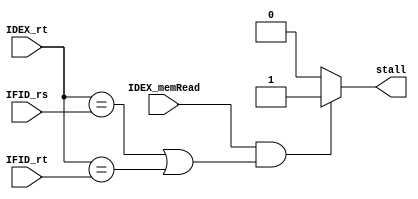
`timescale 1ns / 1ps
//////////////////////////////////////////////////////////////////////////////////
// Company: 
// Engineer: 
// 
// Design Name: 
// Module Name: Stall
// Project Name: 
// Target Devices: 
// Tool Versions: 
// Description: 
// 
// Dependencies: 
// 
// Revision:
// Revision 0.01 - File Created
// Additional Comments:
// 
//////////////////////////////////////////////////////////////////////////////////


module Stall(
    input IDEX_memRead,
    input [4:0] IDEX_rt,
    input [4:0] IFID_rs,
    input [4:0] IFID_rt,
    output reg stall
    );

    always @(*) begin
        if (IDEX_memRead && (IDEX_rt == IFID_rs || IDEX_rt == IFID_rt))
            stall = 1;
        else
            stall = 0;
    end
endmodule